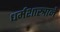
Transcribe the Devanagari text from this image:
धर्मशास्त्राने